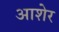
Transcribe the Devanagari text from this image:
आशेर